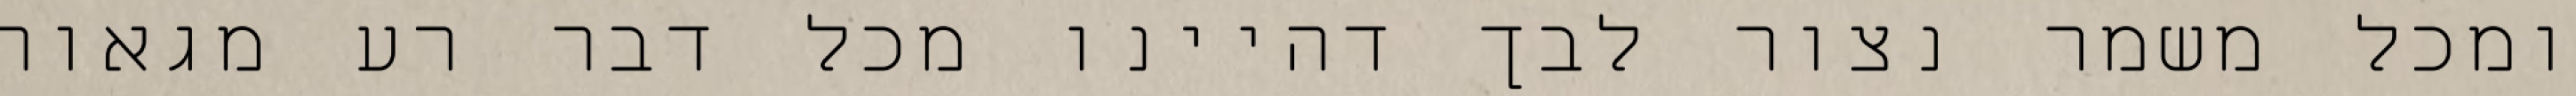
ומכל משמר נצור לבך דהיינו מכל דבר רע מגאוה